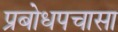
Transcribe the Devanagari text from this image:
प्रबोधपचासा